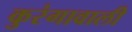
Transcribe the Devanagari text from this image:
कुरंगावाली